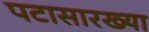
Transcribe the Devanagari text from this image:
पटासारख्या